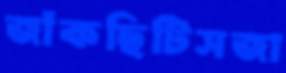
জাঁকছিটিসজা